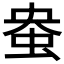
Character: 𫊭